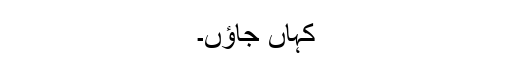
کہاں جاؤں۔